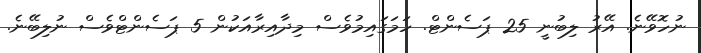
ނުހޮވޭނެ. އޭރު ލިބުނީ 25 ޕަސެންޓް. ހަމަގައިމުވެސް މިދާއިރާއަކުން 5 ޕަސެންޓްވެސް ނުލިބޭނެ.